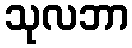
သုလဘာ